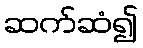
ဆက်ဆံ၍